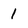
Character: 1